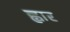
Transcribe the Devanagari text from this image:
ह्वार